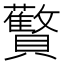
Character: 𬥱